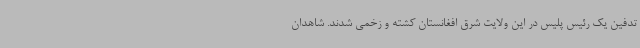
تدفین یک رئیس پلیس در این ولایت شرق افغانستان کشته و زخمی شدند. شاهدان